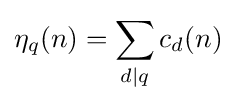
\eta _{q}(n)=\sum _{d\mid q}c_{d}(n)